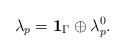
LaTeX: \begin{align*}\lambda_p = \textbf{1}_\Gamma \oplus \lambda_p^0.\end{align*}